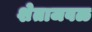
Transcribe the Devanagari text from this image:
शेताजवळ